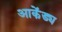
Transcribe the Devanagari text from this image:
आकेंड्य